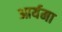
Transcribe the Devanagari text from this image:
आर्यमा